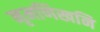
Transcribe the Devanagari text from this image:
नृमणिखनि